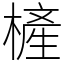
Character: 㯆